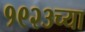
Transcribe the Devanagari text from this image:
१९२३च्या